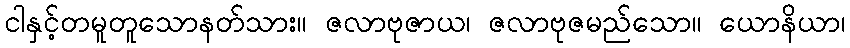
ငါနှင့်တမူတူသောနတ်သား။ ဇလာဗုဇာယ၊ ဇလာဗုဇမည်သော။ ယောနိယာ၊